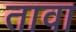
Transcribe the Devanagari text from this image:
तावा